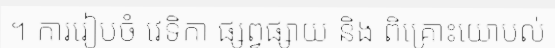
។ ការរៀបចំ វេទិកា ផ្សព្វផ្សាយ និង ពិគ្រោះយោបល់